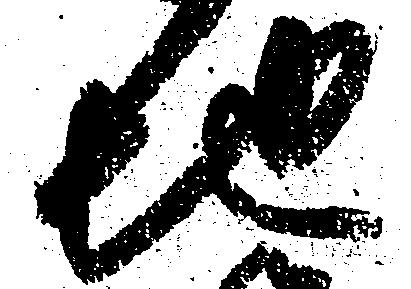
地